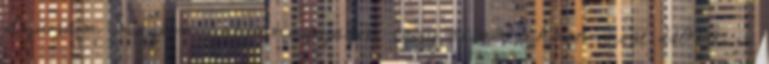
Szúrjam magam gatyamadzagon, vagy sem?. Akkor most HOVA is